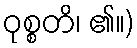
ဝုစ္စတိ၊ ၏။)